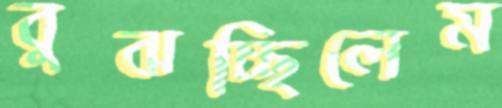
বুঝচ্ছিলেম